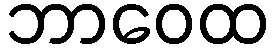
ဘာဝေထ